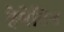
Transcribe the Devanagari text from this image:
हेमेटिन